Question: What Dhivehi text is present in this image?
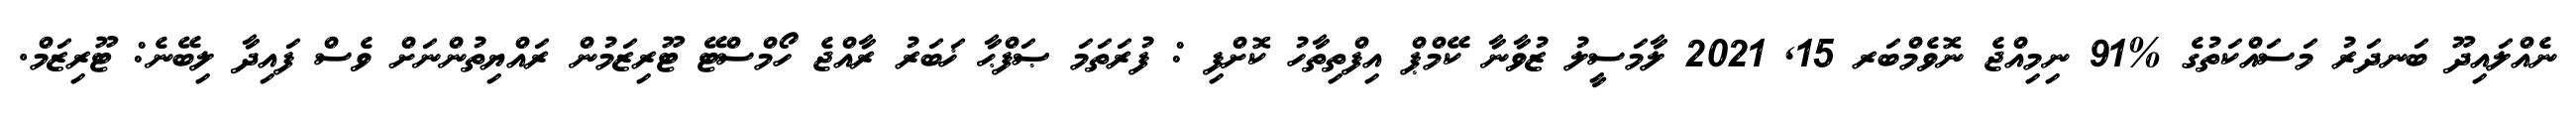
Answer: ނެއްލައިދޫ ބަނދަރު މަސައްކަތުގެ %91 ނިމިއްޖެ ނޮވެމްބަރ 15, 2021 ލާމަސީލު ޒުވާނާ ކޭމްޕް އިފްތިތާހު ކޮށްފި : ފުރަތަމަ ޞަފްޙާ ޚަބަރު ރާއްޖެ ހޯމްސްޓޭ ޓޫރިޒަމުން ރައްޔިތުންނަށް ވެސް ފައިދާ ލިބޭނެ: ޓޫރިޒަމް.